Report of the King Institute of Preventive Medicine, Guindy
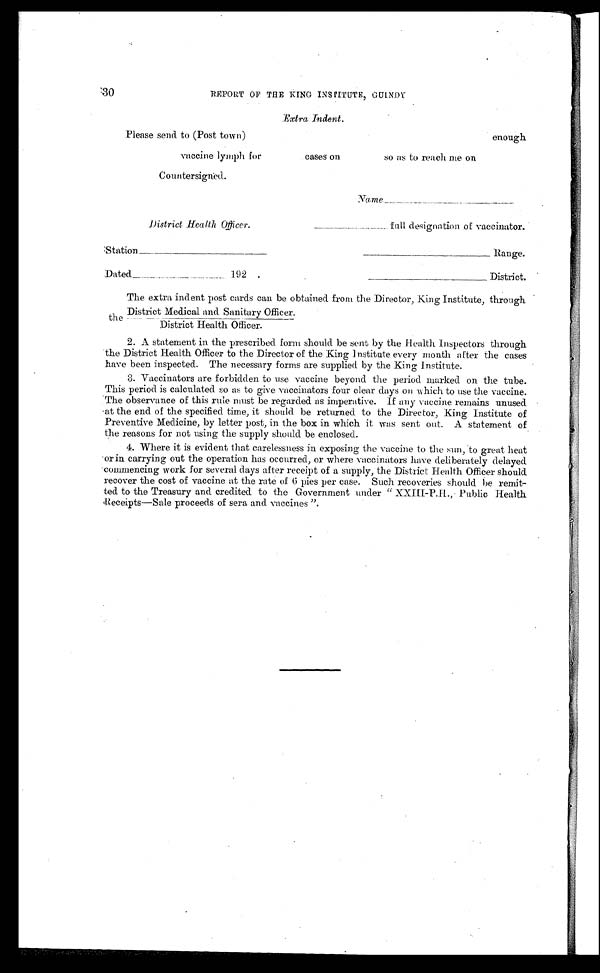
Please send to (Post town)
District Health Officer.
full designation of vaccinator.
Station_
Range.
Dated_192.
District.
30
REPORT OF THE KING INSTITUTE, GUINDY
Extra Indent.
vaccine lymph for
cases on
so as to reach me on
Countersigned.
The extra indent post cards can be obtained from the Director, King Institute, through
District Medical and Sanitary Officer.
t h e _
District Health Officer.
2. A statement in the prescribed form should be sent by the Health Inspectors through
the District Health Officer to the Director of the King Institute every month after the cases
have been inspected. The necessary forms are supplied by the King Institute.
3. Vaccinators are forbidden to use vaccine beyond the period marked on the tube.
This period is calculated so as to give vaccinators four clear days on which to use the vaccine.
The observance of this rule must be regarded as imperative. If any vaccine remains unused
at the end of the specified time, it should be returned to the Director, King Institute of
Preventive Medicine, by letter post, in the box in which it was sent out. A statement of
the reasons for not using the supply should be enclosed.
4. Where it is evident that carelessness in exposing the vaccine to the sun, to great heat
or in carrying out the operation has occurred, or where vaccinators have deliberately delayed
commencing work for several days after receipt of a supply, the District Health Officer should
recover the cost of vaccine at the rate of 6 pies per case. Such recoveries should be remit
- t e d t o t h e T r e a s u r y a n d c r e d i t e d t o t h e G o v e r n m e n t u n d e r " X X I I I - P . H . , P u b l i c H e a l t h
Receipts—Sale proceeds of sera and vaccines".